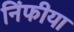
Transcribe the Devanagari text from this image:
निंफीया